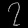
Digit: ၇